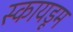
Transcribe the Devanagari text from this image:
स्कायडूम